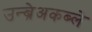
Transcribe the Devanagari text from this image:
उन्ब्रेअकब्ले